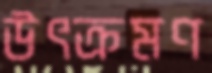
উৎক্রমণ